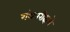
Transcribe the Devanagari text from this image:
गंथपरीक्षणे